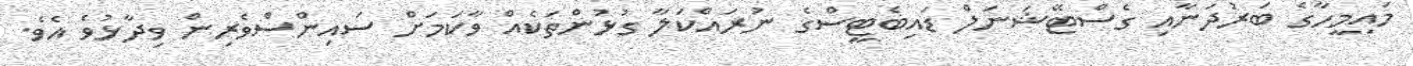
މައިމީހާގެ ބަރުދަނާއި ގެސްޓޭޝަނަލް ޑައިބެޓީސްގެ ނުރައްކަލާ ގުޅުންތަކެއް ވާކަމަށް ސައިންސްވެރިން ވިދާޅުވެ އެވެ.